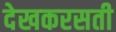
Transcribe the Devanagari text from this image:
देखकरसती